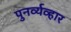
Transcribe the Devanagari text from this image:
पुनर्व्यव्हार